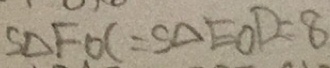
S _ { \Delta } F O C = S _ { \Delta } E O D = 8